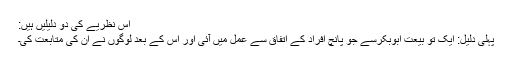
اس نظریے کی دو دلیلیں ہیں:
پہلی دلیل: ایک تو بیعت ابوبکرسے جو پانچ افراد کے اتفاق سے عمل میں آئی اور اس کے بعد لوگوں نے ان کی متابعت کی۔